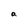
Character: a